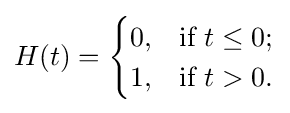
H(t)={\begin{cases}0,&{\text{if }}t\leq 0;\\1,&{\text{if }}t>0.\end{cases}}